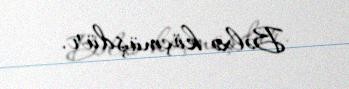
Bəlxə köçmüşdür.